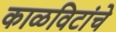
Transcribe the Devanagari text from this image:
काळविटांचे